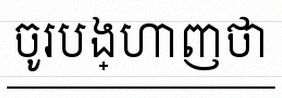
ចូរបង្ហាញថា